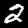
Label: 2